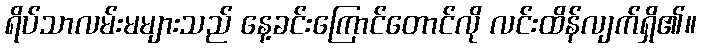
ရိပ်သာလမ်းမများသည် နေ့ခင်းကြောင်တောင်လို လင်းထိန်လျက်ရှိ၏။